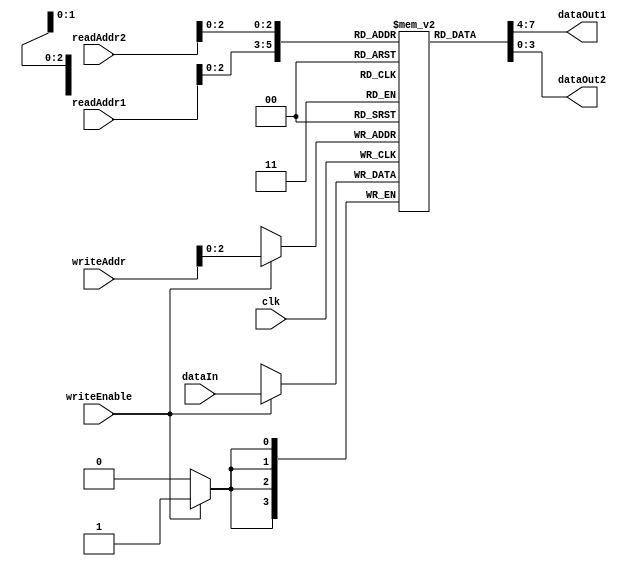
module RegisterFile(
    input wire clk,
    input wire [3:0] readAddr1,
    input wire [3:0] readAddr2,
    input wire [3:0] writeAddr,
    input wire writeEnable,
    input wire [3:0] dataIn,
    output reg [3:0] dataOut1,
    output reg [3:0] dataOut2
);

reg [3:0] memory [7:0]; // 8 registers with 4 bits each

always @(posedge clk) begin
    if (writeEnable) begin
        memory[writeAddr] <= dataIn;
    end
end

assign dataOut1 = memory[readAddr1];
assign dataOut2 = memory[readAddr2];

endmodule